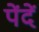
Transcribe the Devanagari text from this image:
पेंदें